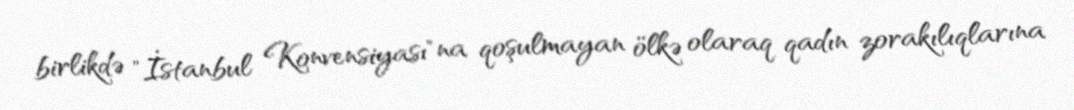
birlikdə "İstanbul Konvensiyası"na qoşulmayan ölkə olaraq qadın zorakılıqlarına